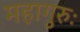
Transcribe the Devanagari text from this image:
महागुरुः